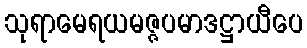
သုရာမေရယမဇ္ဇပမာဒဋ္ဌာယီပေ